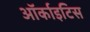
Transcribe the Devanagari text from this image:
ऑर्काइटिस